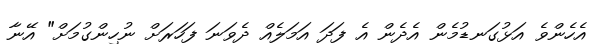
އެހެންވެ އަޅުގަނޑުމެން އެދެން އެ ފަދަ އަމަލެއް ދެވަނަ ފަހަރަށް ނުހިންގުމަށް" އޭނާ